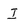
Character: I